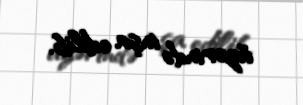
üzərində inşa edilib.